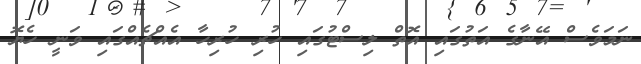
ނަމަވެސް އޭނާގެ އަތުގައި އޮތް ލިސްޓުގައި ހުރި ހުރިހާ އެއްޗެއްގައި ވަނީ ހެޔޮ